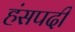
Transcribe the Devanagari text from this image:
हंसपदी